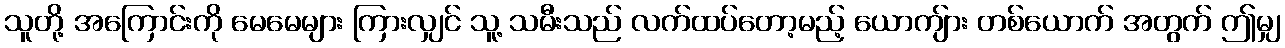
သူတို့ အကြောင်းကို မေမေများ ကြားလျှင် သူ့ သမီးသည် လက်ထပ်တော့မည့် ယောကျ်ား တစ်ယောက် အတွက် ဤမျှ